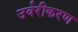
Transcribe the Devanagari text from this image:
उर्वरीकरण